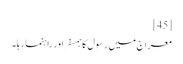
[45]
معراج میں رسول کا ہمسفر اور راہنما رہا۔